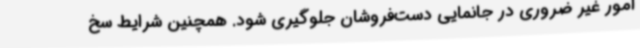
امور غیر ضروری در جانمایی دست‌فروشان جلوگیری شود. همچنین شرایط سخ